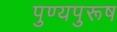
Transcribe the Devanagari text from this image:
पुण्यपुरूष